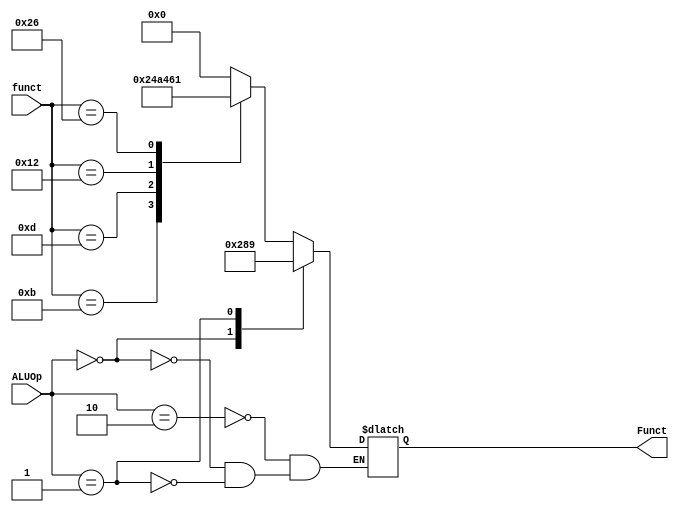
`define addu 6'b 001001
`define subu 6'b 001010
`define AND  6'b 010001
`define sll  6'b 100001

`define input_addu 6'b 001011
`define input_subu 6'b 001101
`define input_and  6'b 010010
`define input_sll  6'b 100110


`define R_type 2'b10
// I-type sub
`define I_type_sub 2'b00
// I-type add  
`define I_type_add 2'b01
module ALU_Control(
    input     [5:0] funct,
    input     [1:0] ALUOp,
    output  reg   [5:0] Funct
);

always@(funct or ALUOp)
    begin
        case(ALUOp)
            `R_type:
                begin
                    case(funct)
                        `input_addu : Funct = `addu;
                        `input_subu : Funct = `subu;
                        `input_and  : Funct = `AND;
                        `input_sll  : Funct = `sll;
                        default: Funct = 0;
                    endcase
                end
            `I_type_sub:
                begin
                    Funct = `subu;
                end
            `I_type_add:
                begin
                    Funct = `addu;
                end
            default:;
        endcase
    end
endmodule